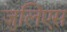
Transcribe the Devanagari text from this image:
जुलिएस